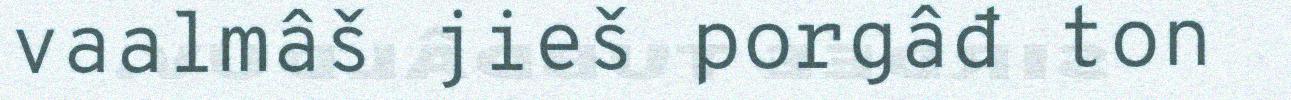
vaalmâš jieš porgâđ ton